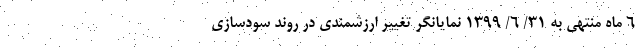
6 ماه منتهی به 31/ 6/ 1399 نمایانگر تغییر ارزشمندی در روند سودسازی